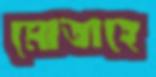
মোতাহে